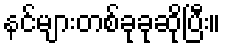
နင်များတစ်ခုခုဆိုပြီး။